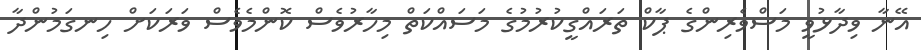
އޭނާ ވިދާޅުވީ މަސްވެރިންގެ ޕާކް ތަރައްގީކުރުމުގެ މަސައްކަތް މިހާރުވެސް ކޮންމެވެސް ވަރަކަށް ހިނގަމުންދާ